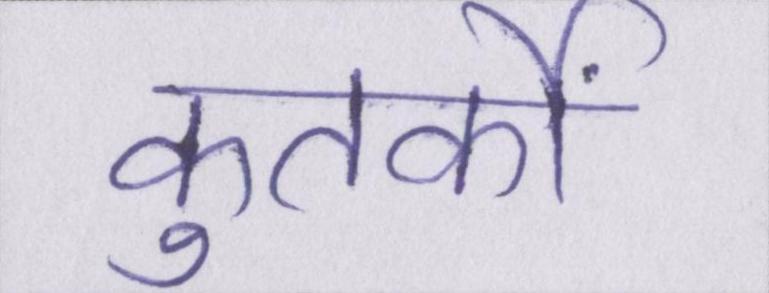
कुतर्कों